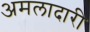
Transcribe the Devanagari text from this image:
अमलादारी